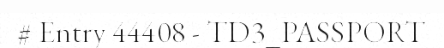
# Entry 44408 - TD3_PASSPORT